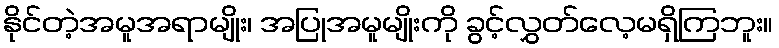
နိုင်တဲ့အမူအရာမျိုး၊ အပြုအမူမျိုးကို ခွင့်လွှတ်လေ့မရှိကြဘူး။